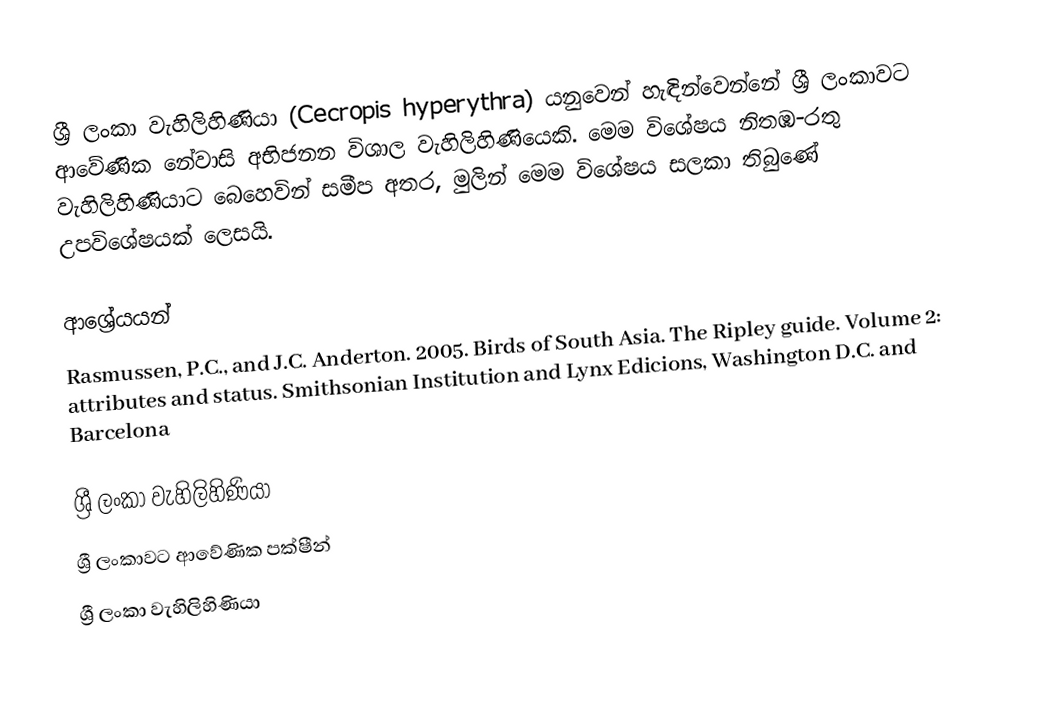
ශ්‍රී ලංකා වැහිලිහිණියා (Cecropis hyperythra) යනුවෙන් හැඳින්වෙන්නේ ශ්‍රී ලංකාවට ආවේණික නේවාසි අභිජනන විශාල වැහිලිහිණියෙකි. මෙම විශේෂය නිතඹ-රතු වැහිලිහිණියාට බෙහෙවින් සමීප අතර, මුලින් මෙම විශේෂය සලකා තිබු‍ණේ උපවිශේෂයක් ලෙසයි.

ආශ්‍රේයයන්
Rasmussen, P.C., and J.C. Anderton. 2005. Birds of South Asia. The Ripley guide. Volume 2: attributes and status. Smithsonian Institution and Lynx Edicions, Washington D.C. and Barcelona

ශ්‍රී ලංකා වැහිලිහිණියා
ශ්‍රී ලංකාවට ආවේණික පක්ෂීන්
ශ්‍රී ලංකා වැහිලිහිණියා